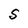
Character: S